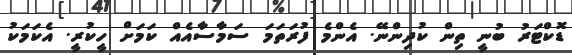
ޑޮކްޓަރު ބުނީ ތިން ކުދިންނޭ. އެންމެ ފުރަތަމަ ސަމާސާއެއް ކަމަށް ހީކުރީ. އެކަމަކު